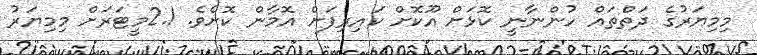
މިމިޔަރުގެ ދަތްތައް ހުންނާނީ ކޮޅަށް އޫކޮށް ކައިރިފަށް އޮމާން ކޮށެވެ. 2.1މީޓަރަށް މިމިޔަރު